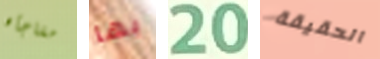
مفاجأه بها 20 الحقيقة